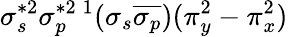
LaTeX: \sigma_{s}^{*2}\sigma_{p}^{*2}{}\, ^{1}(\sigma_{s}\overline{{\sigma_{p}}})(\pi_{y}^{2}-\pi_{x}^{2})